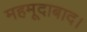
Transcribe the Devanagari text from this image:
महमूदाबाद।